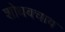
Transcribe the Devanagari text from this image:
शोधबचाव